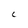
Character: C